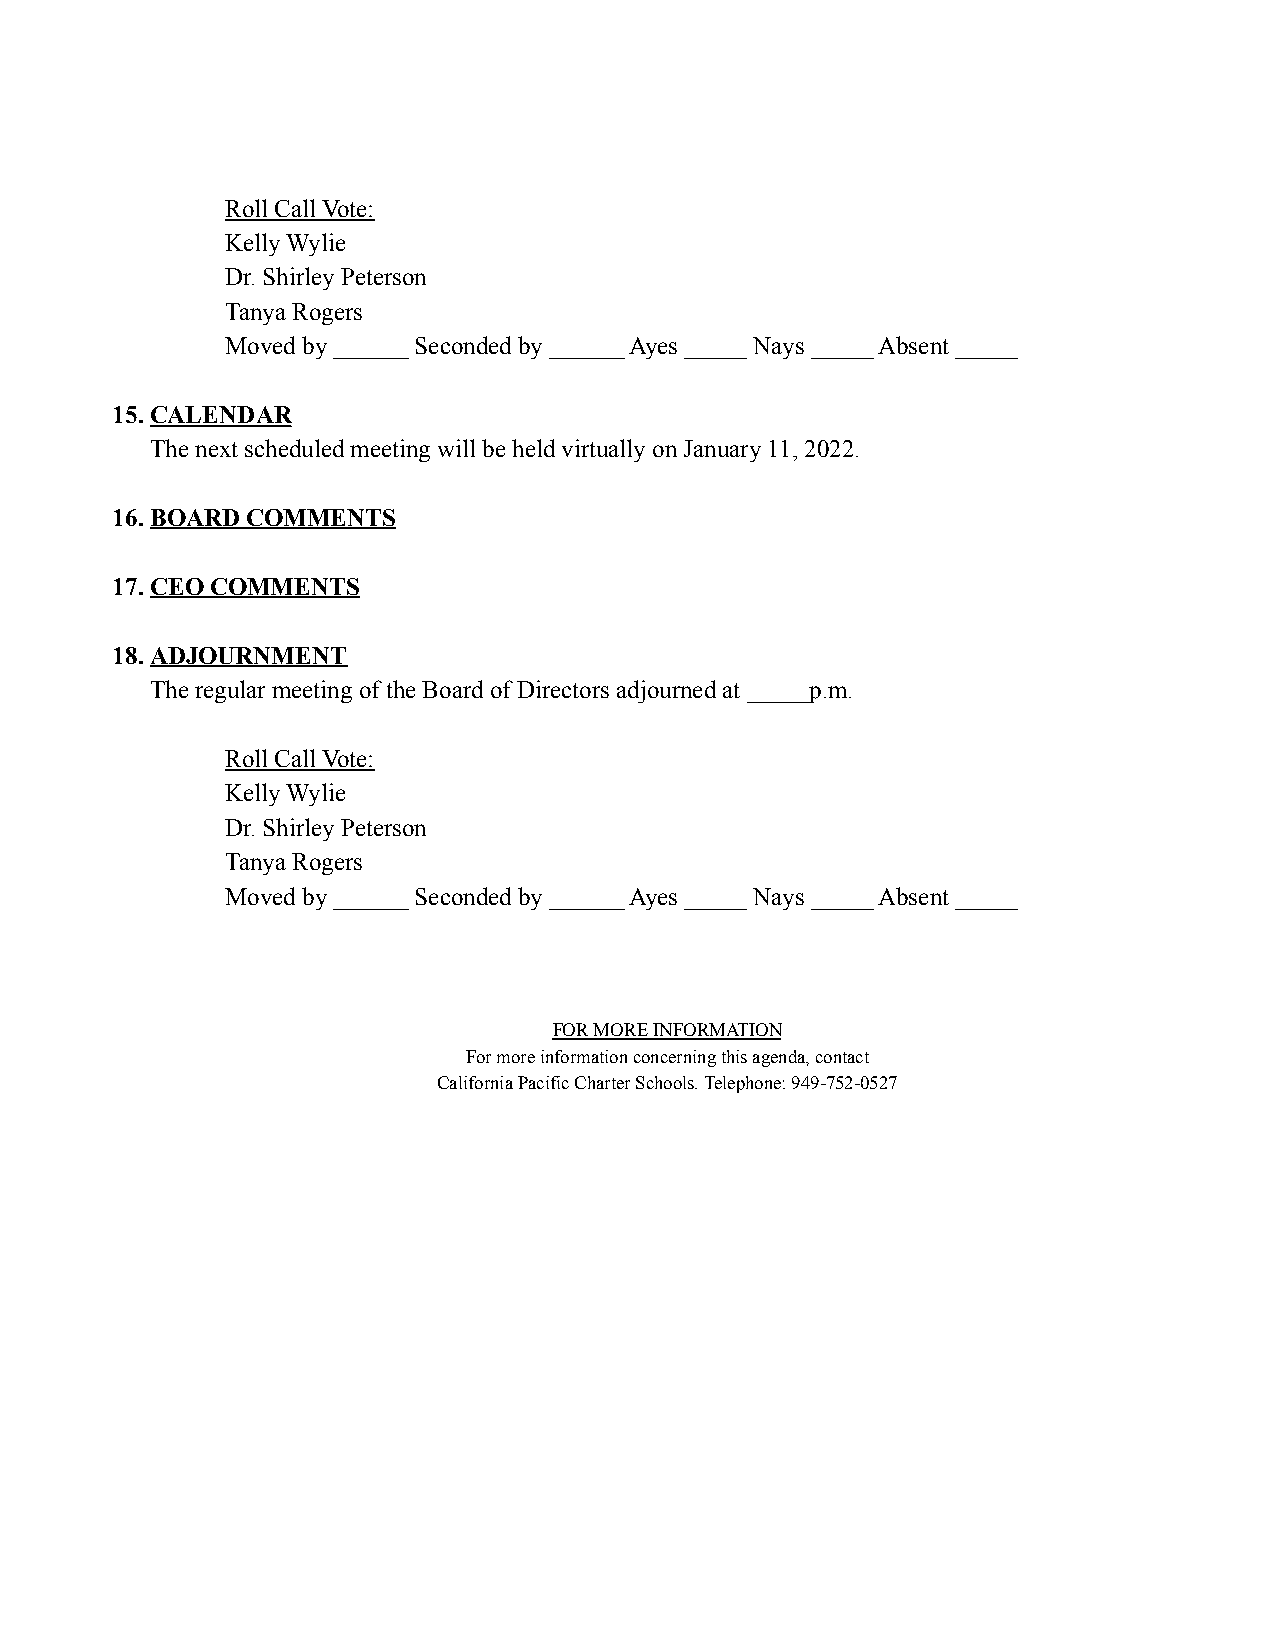
Roll Call Vote:
 Kelly Wylie
 Dr. Shirley Peterson
 Tanya Rogers
 Moved by ______ Seconded by ______ Ayes _____ Nays _____ Absent _____
 15.CALENDAR
 The next scheduled meeting will be held virtually on January 11, 2022.
 16.BOARD COMMENTS
 17.CEO COMMENTS
 18.ADJOURNMENT
 The regular meeting of the Board of Directors adjourned at _____p.m.
 Roll Call Vote:
 Kelly Wylie
 Dr. Shirley Peterson
 Tanya Rogers
 Moved by ______ Seconded by ______ Ayes _____ Nays _____ Absent _____
 FOR MORE INFORMATION
 For more information concerning this agenda, contact
 California Pacific Charter Schools. Telephone: 949-752-0527